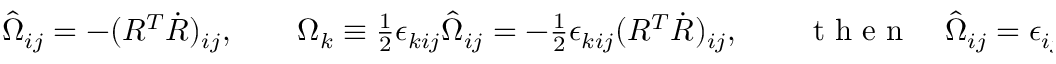
\begin{array} { r } { \hat { \Omega } _ { i j } = - ( R ^ { T } \dot { R } ) _ { i j } , \qquad \Omega _ { k } \equiv \frac 1 2 \epsilon _ { k i j } \hat { \Omega } _ { i j } = - \frac 1 2 \epsilon _ { k i j } ( R ^ { T } \dot { R } ) _ { i j } , \qquad \mathrm { ~ t ~ h ~ e ~ n ~ } \quad \hat { \Omega } _ { i j } = \epsilon _ { i j k } \Omega _ { k } . } \end{array}